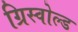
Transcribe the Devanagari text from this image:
ग्रिस्वोल्ड